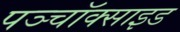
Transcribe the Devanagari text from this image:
पञ्चॉक्साइड